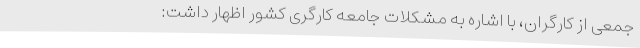
جمعی از کارگران، با اشاره به مشکلات جامعه کارگری کشور اظهار داشت: